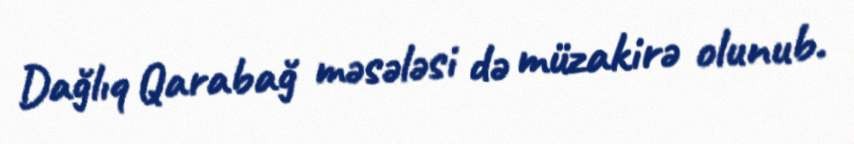
Dağlıq Qarabağ məsələsi də müzakirə olunub.